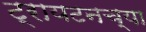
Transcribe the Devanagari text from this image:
ट्रायटनच्या